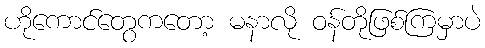
ဟိုကောင်တွေကတော့ မနာလို ဝန်တိုဖြစ်ကြမှာပဲ